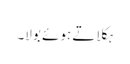
ہکلاتے ہوئے بولا۔